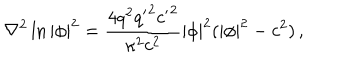
LaTeX: \nabla ^ { 2 } \ln | \phi | ^ { 2 } = \frac { 4 q ^ { 2 } { q ^ { \prime } } ^ { 2 } { c ^ { \prime } } ^ { 2 } } { \kappa ^ { 2 } c ^ { 2 } } | \phi | ^ { 2 } ( | \phi | ^ { 2 } - c ^ { 2 } ) \, ,